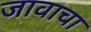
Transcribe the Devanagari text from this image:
जावाचा